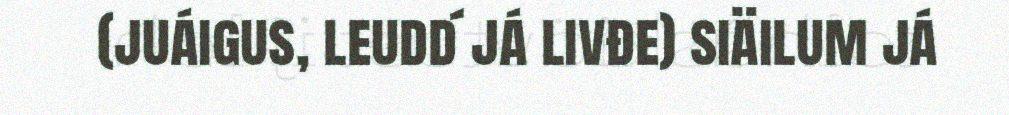
(juáigus, leudd´ já livđe) siäilum já